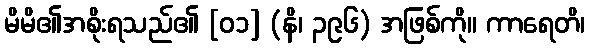
မိမိ၏အစိုးရသည်၏ [၀၁] (နိ၊ ၃၉၆) အဖြစ်ကို။ ကာရေတိ၊